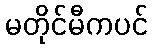
မတိုင်မီကပင်